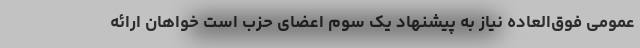
عمومی فوق‌العاده نیاز به پیشنهاد یک سوم اعضای حزب است خواهان ارائه